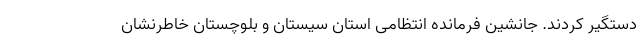
دستگیر کردند. جانشین فرمانده انتظامی استان سیستان و بلوچستان خاطرنشان